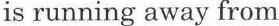
is running away from